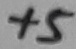
Text: +5